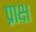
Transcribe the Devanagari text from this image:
प्राक्ष